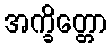
အက္ခိတ္တော